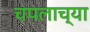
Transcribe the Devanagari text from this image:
चपलाच्या